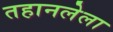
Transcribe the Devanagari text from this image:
तहानलेला